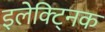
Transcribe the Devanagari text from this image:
इलेक्ट्निक